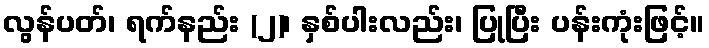
လွန်ပတ်၊ ရက်နည်း (၂)၊ နှစ်ပါးလည်း၊ ပြုပြီး ပန်းကုံးဖြင့်။